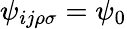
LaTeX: \psi_{ij\rho\sigma}=\psi_{0}